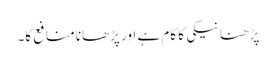
پڑھنا نیکی کا کام ہے اور پڑھانا منافع کا۔